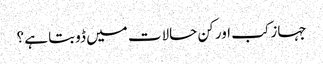
جہاز کب اور کن حالات میں ڈوبتا ہے ؟